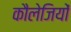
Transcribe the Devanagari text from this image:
कौलेजियों